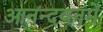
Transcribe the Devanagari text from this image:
आनन्दवनमें